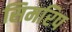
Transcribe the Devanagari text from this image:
सिमरिप